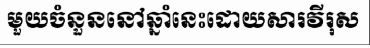
មួយចំនួននៅឆ្នាំនេះដោយសារវីរុស